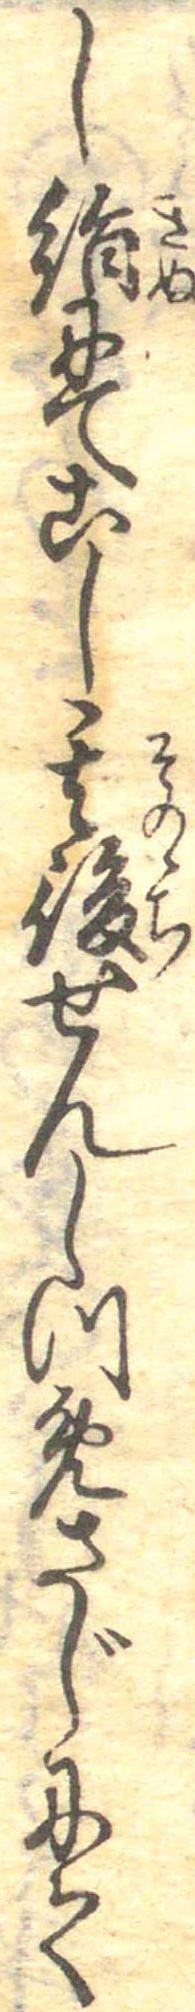
し絹にてこし其後せんしつめさじにて